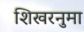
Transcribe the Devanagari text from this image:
शिखरनुमा